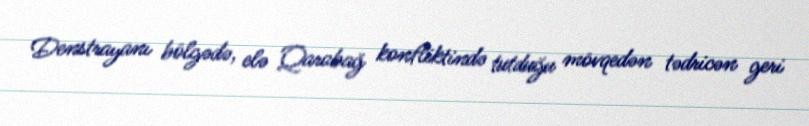
Denstrayanı bölgədə, elə Qarabağ konfliktində tutduğu mövqedən tədricən geri